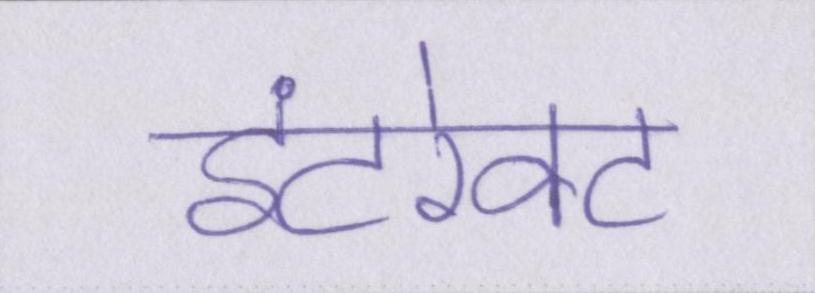
इंटरेक्ट